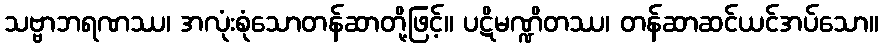
သဗ္ဗာဘရဏဿ၊ အလုံးစုံသောတန်ဆာတို့ဖြင့်။ ပဋိမဏ္ဍိတဿ၊ တန်ဆာဆင်ယင်အပ်သော။